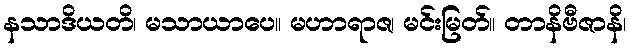
နသာဒိယတိ၊ မသာယာပေ။ မဟာရာဇ၊ မင်းမြတ်။ တာနိဗီဇာနိ၊